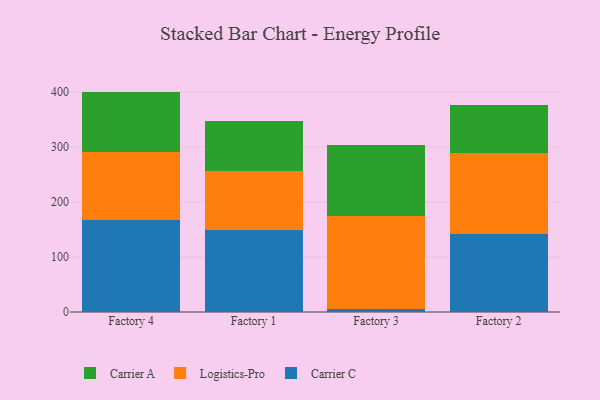
{"axis": {"x": "Factory", "y": "Customer Acquisition Cost (USD)"}, "legend": ["Carrier A", "Carrier C", "Logistics-Pro"], "data": [{"x": "Factory 4", "y": 167.4, "type": "Carrier C"}, {"x": "Factory 4", "y": 123.5, "type": "Logistics-Pro"}, {"x": "Factory 4", "y": 110.0, "type": "Carrier A"}, {"x": "Factory 1", "y": 149.0, "type": "Carrier C"}, {"x": "Factory 1", "y": 107.7, "type": "Logistics-Pro"}, {"x": "Factory 1", "y": 91.2, "type": "Carrier A"}, {"x": "Factory 3", "y": 5.9, "type": "Carrier C"}, {"x": "Factory 3", "y": 168.9, "type": "Logistics-Pro"}, {"x": "Factory 3", "y": 128.1, "type": "Carrier A"}, {"x": "Factory 2", "y": 141.2, "type": "Carrier C"}, {"x": "Factory 2", "y": 148.9, "type": "Logistics-Pro"}, {"x": "Factory 2", "y": 86.4, "type": "Carrier A"}]}